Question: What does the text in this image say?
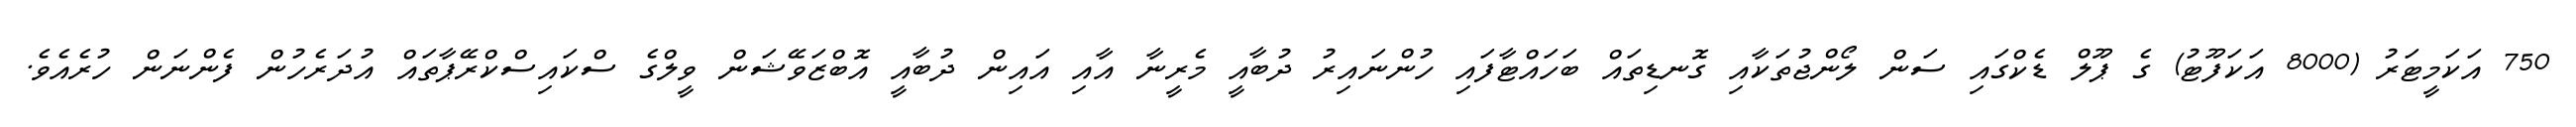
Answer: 750 އަކަމީޓަރު (8000 އަކަފޫޓު) ގެ ޕޫލް ޑެކްގައި ސަން ލޯންޖުތަކާއި ގޮނޑިތައް ބަހައްޓާފައި ހުންނައިރު ދުބާއީ މެރީނާ އާއި އައިން ދުބާއީ އޮބްޒަވޭޝަން ވީލްގެ ސްކައިސްކްރޭޕާތައް އުދަރެހުން ފެންނަން ހުރެއެވެ.